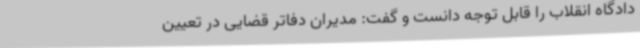
دادگاه انقلاب را قابل توجه دانست و گفت: مدیران دفاتر قضایی در تعیین